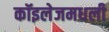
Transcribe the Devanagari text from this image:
कॉइलेजमधली